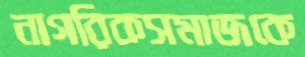
নাগরিকসমাজকে